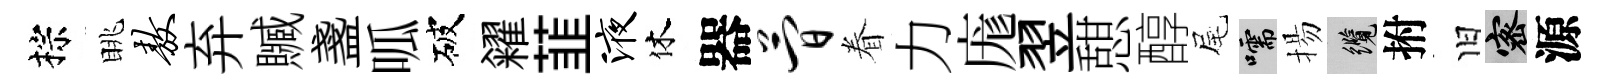
棕眺敖弃贓盞呱破糴韮液休器简眷力庬翌憇醇尾嚅揚纜拊旧密源